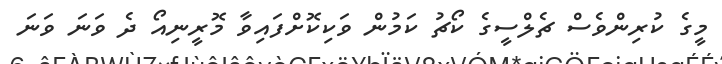
މީގެ ކުރިންވެސް ޗެލްސީގެ ކޯޗު ކަމުން ވަކިކޮށްފައިވާ މޮރީނިއޯ ދެ ވަނަ ވަނަ